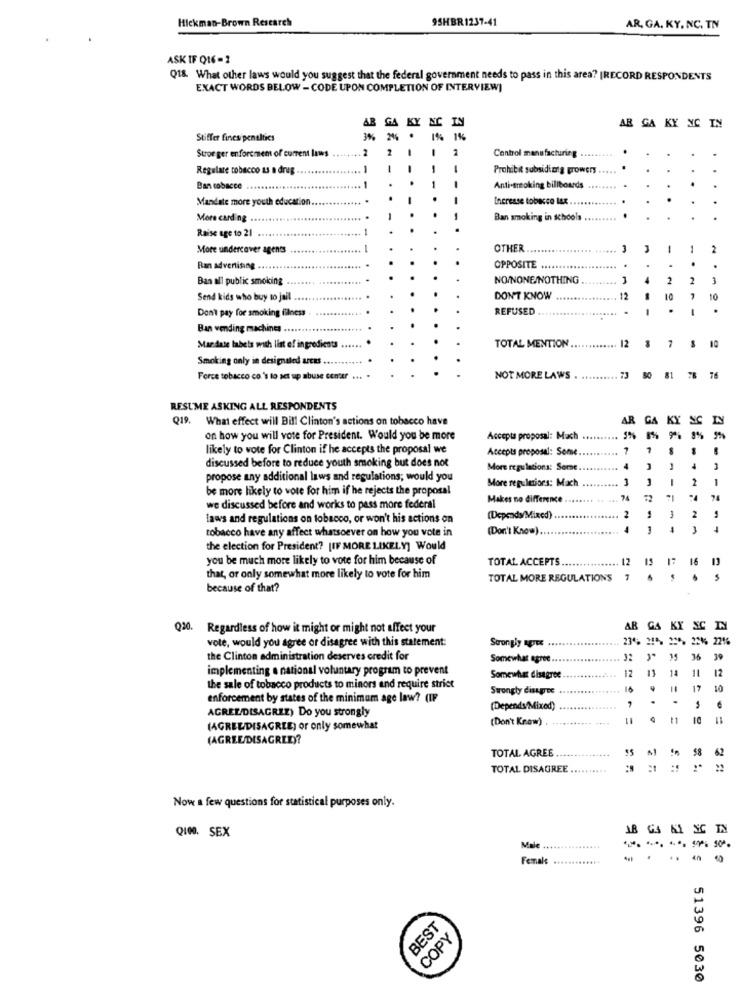
Hickman-Brown Research
9SHBR 1237-41
AR, GA. KY, NC, TN
ASK IF QIG-2
Q18. What other laws would you suggest that the federal government needs to pass in this area? |RECORD RESPONDENTS
EXACT WORDS BELOW - CODE UPON COMPLETION OF INTERVIEW]
AB GA KY NC IN
AR GA KY NC IN
Stiffer fines penalties
3%
1% 1%
Stror ger enfortmen of current laws
2
Control manufacturing ..
Regolare tobacco as a drug
-
Prohibit subsidiong growers
Ban cobacce
-
Anti-Broking billboards
Mandate more youth education.
Increase tobacco lax.
More carding
Ban smoking in schools
Raise age to 21
.1
More undercover agents
........ I
OTHER
1
1
2
Ran advertising .....
OPPOSITE ..
........
.
Ban all public smoking
NO/NONE/NOTHING
2
2
3
Send kids who buy to jail
DON'T KNOW
12
10
7
10
Don't pay for smoking illness
REFUSED
Ban vending machines .....
12
Mar date labels wish list of ingredients
TOTAL MENTION .....
Smoking only in designated areas .
Force tobacco co's to set up abuse center .
NOT MORE LAWS
78
RESUME ASKING ALL RESPONDENTS
Q19. What effect will Bill Clinton's actions on tobacco have
AR
GA
KY
SIC
on how you will vote for President. Would you be more
Accepta proposal: Mach
9%
likely to vote for Clinton if he accepts the proposal we
Accepts proposal: Some
-
1
-
discussed before to reduce youth smoking but does not
More regulations: Some.
4
4
propose any additional laws and regulations; would you
More regulations: Mach
3
2
1
be more likely to vote for him if he rejects the proposal
Makes no difference .
74
we discussed before and works to pass more federal
laws and regulations on tobacco, or won't his actions on
(Depends/Mixed)
.....
2
2
-
tobacco have any affect whatsoever on how you vote in
(Don't Know)
-
1
the election for President? [IF MORE LIKELY] Would
you be much more likely to vote for him because of
TOTAL ACCEPTS
12
16
that, or only somewhat more likely to vote for him
TOTAL MORE REGULATIONS
7
because of that?
Q20. Regardless of how it might or might not affect your
AR GA
KY
SC
SC IN
vote, would you agree or disagree with this statement:
Strongly NOT ...
the Clinton administration deserves credit for
Somewhat agree ..
32
36 39
implementing a national voluntary program to prevent
11
14
11
12
Somewhat disagree
the sale of tobacco products to minors and require strict
Strongly disagree
15
17
10
enforcement by states of the minimum age law? (IF
7
.
AGREE/DISAGREE) Do you strongly
(Depends/Mixed)
(Don't Know)
t1
10
(AGREEDISAGREE) or only somewhat
(AGREE/DISAGREE)?
TOTAL AGREE
58
62
TOTAL DISAGREE
:1
Now a few questions for statistical purposes only.
Q10O. SEX
SC
Male ....
.....
Female.
BEST
COPY
51396 5030